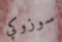
سوزوكي